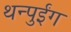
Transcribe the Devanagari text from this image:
थन्पुईंग